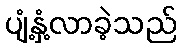
ပျံ့နှံ့လာခဲ့သည်